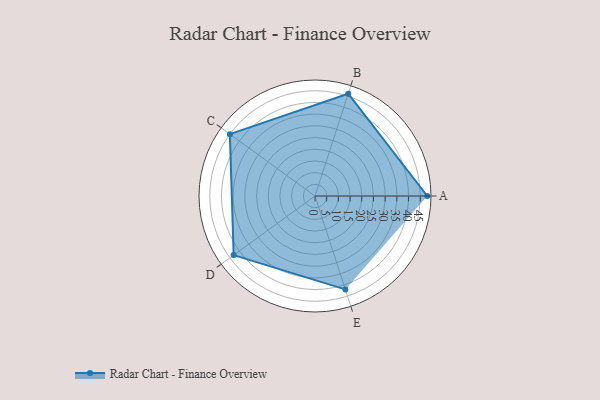
{"axis": {"x": "Skill", "y": "Score"}, "legend": ["Profile"], "data": [{"x": "A", "y": 48.0, "type": "Profile"}, {"x": "B", "y": 46.0, "type": "Profile"}, {"x": "C", "y": 45.0, "type": "Profile"}, {"x": "D", "y": 43.0, "type": "Profile"}, {"x": "E", "y": 42.0, "type": "Profile"}]}